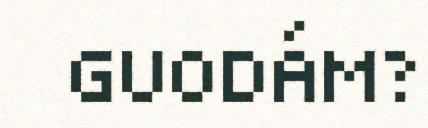
GUODÁM?